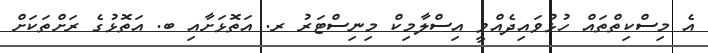
އެ މިސްކިތްތައް ހުޅުވައިދެއްވީ އިސްލާމިކް މިނިސްޓަރު ރ. އަތޮޅަށާއި ބ. އަތޮޅުގެ ރަށްތަކަށް